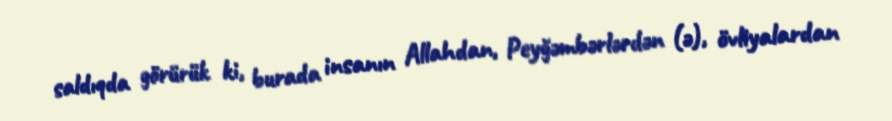
saldıqda görürük ki, burada insanın Allahdan, Peyğəmbərlərdən (ə), övliyalardan